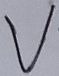
Text: V